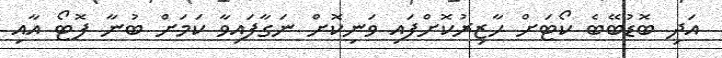
އަދި ބޮޑުބޭބެ ކޯޓަށް ހާޒިރުކޮށްފައި ވަނިކޮށް ނަގާފައިވާ ކަމަށް ބުނާ ފޮޓޯ އާއި